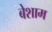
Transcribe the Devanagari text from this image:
बेशाम